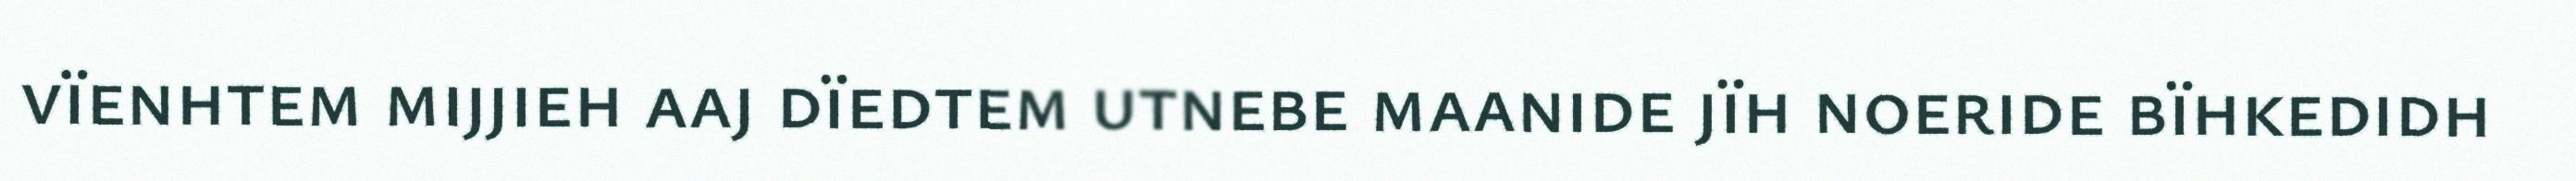
vïenhtem mijjieh aaj dïedtem utnebe maanide jïh noeride bïhkedidh